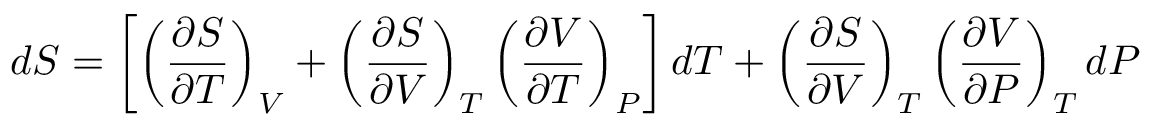
d S = \left[ \left( { \frac { \partial S } { \partial T } } \right) _ { V } + \left( { \frac { \partial S } { \partial V } } \right) _ { T } \left( { \frac { \partial V } { \partial T } } \right) _ { P } \right] d T + \left( { \frac { \partial S } { \partial V } } \right) _ { T } \left( { \frac { \partial V } { \partial P } } \right) _ { T } d P